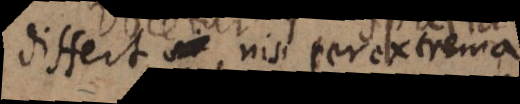
differt _ nisi per extrema